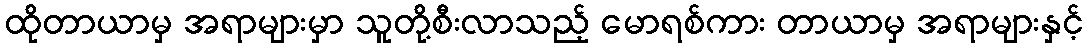
ထိုတာယာမှ အရာများမှာ သူတို့စီးလာသည့် မောရစ်ကား တာယာမှ အရာများနှင့်